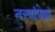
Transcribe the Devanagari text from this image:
तत्त्वांपेक्षा